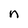
Character: n